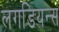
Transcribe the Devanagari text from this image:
लगडियन्स